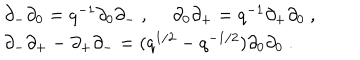
\begin{array} { l } { { \partial _ { - } \partial _ { 0 } = q ^ { - 1 } \partial _ { 0 } \partial _ { - } ~ , ~ ~ \partial _ { 0 } \partial _ { + } = q ^ { - 1 } \partial _ { + } \partial _ { 0 } ~ , } } \\ { { \partial _ { - } \partial _ { + } - \partial _ { + } \partial _ { - } = ( q ^ { 1 / 2 } - q ^ { - 1 / 2 } ) \partial _ { 0 } \partial _ { 0 } ~ . } } \\ \end{array}